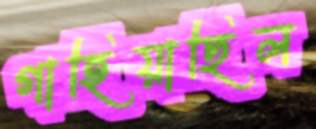
গাহিয়াছিল